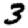
Digit: 3